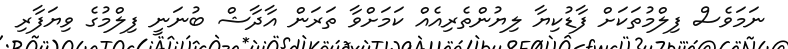
ނަމަވެސް ފިލްމުތަކަށް ފާޑުކިޔާ ލިޔުންތެރިއެއް ކަމަށްވާ ތަރަން އާދާޝް ބުނަނީ ފިލްމުގެ ވިޔަފާރި